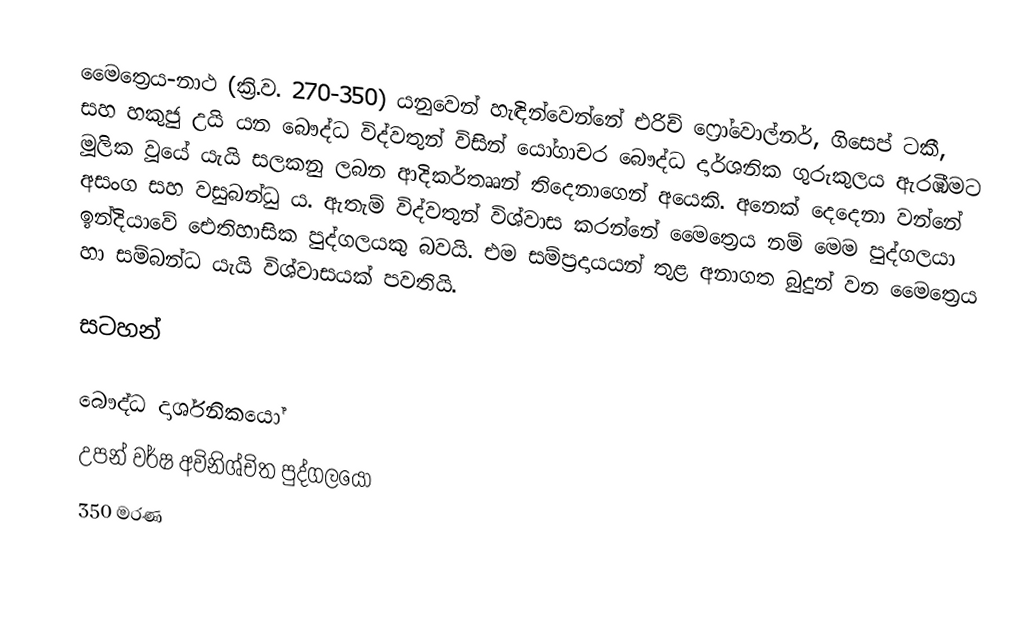
මෛත්‍රෙය-නාථ (ක්‍රි.ව. 270-350) යනුවෙන් හැඳින්වෙන්නේ එරිච් ෆ්‍රෝවොල්නර්, ගිසෙප් ටකී, සහ හකුජු උයි යන බෞද්ධ විද්වතුන් විසින් යෝගාචර බෞද්ධ දාර්ශනික ගුරුකුලය ඇරඹීමට මූලික වූයේ යැයි සලකනු ලබන ආදිකර්තෲන් තිදෙනාගෙන් අයෙකි. අනෙක් දෙදෙනා වන්නේ අසංග සහ වසුබන්ධු ය. ඇතැම් විද්වතුන් විශ්වාස කරන්නේ මෛත්‍රෙය නම් මෙම පුද්ගලයා ඉන්දියාවේ ඓතිහාසික පුද්ගලයකු බවයි. එම සම්ප්‍රදායයන් තුළ අනාගත බුදුන් වන මෛත්‍රෙය හා සම්බන්ධ යැයි විශ්වාසයක් පවතියි.

සටහන්

බෞද්ධ දාර්ශනිකයෝ
උපන් වර්ෂ අවිනිශ්චිත පුද්ගලයෝ
350 මරණ